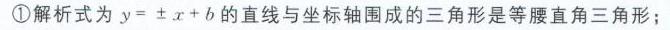
\textcircled{1}解析式为\(y = \pm x + b\)的直线与坐标轴围成的三角形是等腰直角三角形；